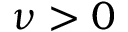
\nu > 0